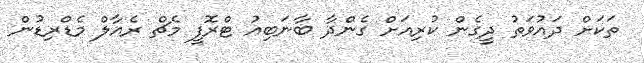
ތަކަށް ދައުވަތު ދީގެން ކުރިއަށް ގެންދާ ބާނަބިއު ޓްރޮފީ މެޗް ރެއާލް މެޑްރިޑުން